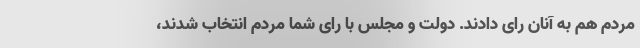
مردم هم به آنان رای دادند. دولت و مجلس با رای شما مردم انتخاب شدند،